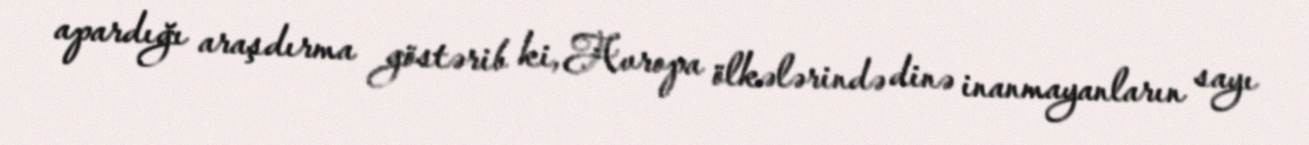
apardığı araşdırma göstərib ki, Avropa ölkələrində dinə inanmayanların sayı